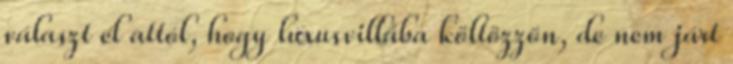
választ el attól, hogy luxusvillába költözzön, de nem járt